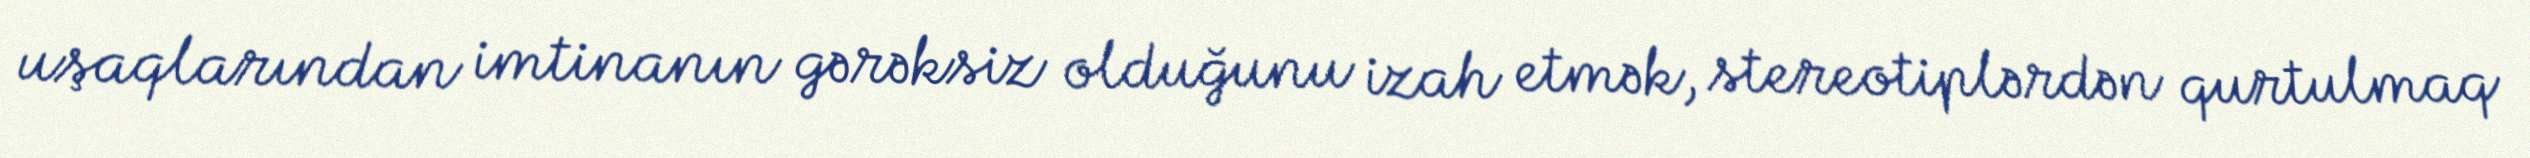
uşaqlarından imtinanın gərəksiz olduğunu izah etmək, stereotiplərdən qurtulmaq